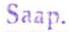
Saap.